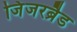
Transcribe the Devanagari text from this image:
जिंजरब्रैड